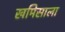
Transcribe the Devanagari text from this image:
खमिसाला